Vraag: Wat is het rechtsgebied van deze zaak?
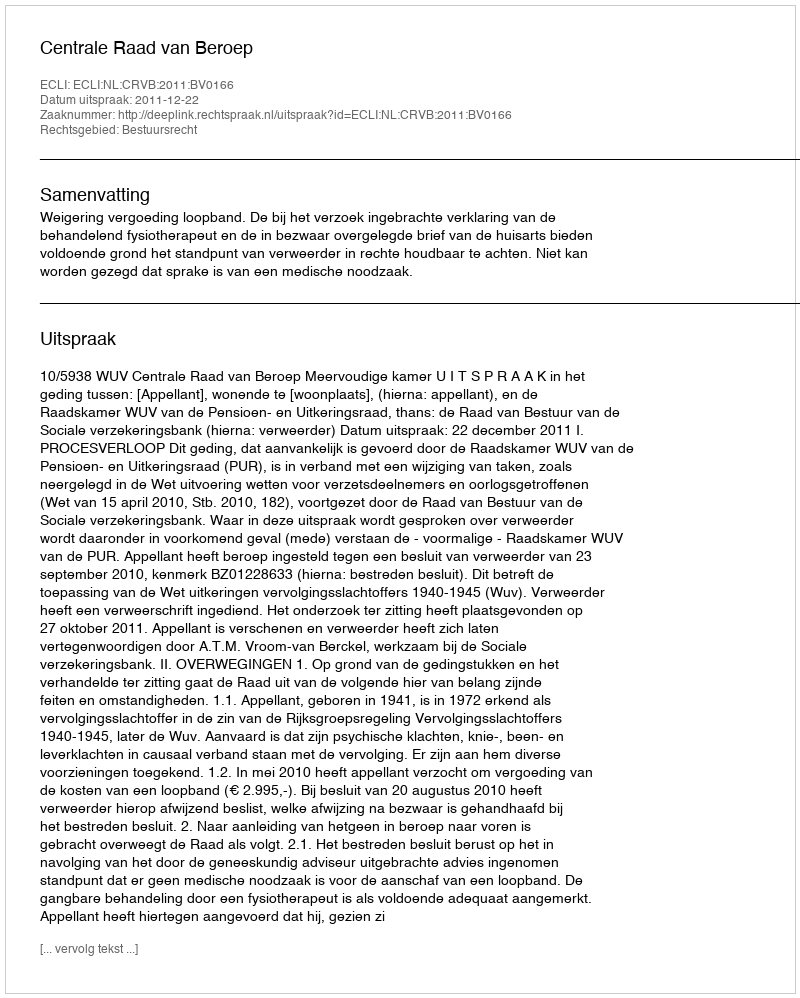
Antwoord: Bestuursrecht